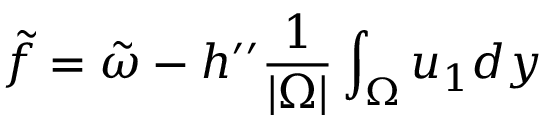
\tilde { f } = \tilde { \omega } - h ^ { \prime \prime } \frac { 1 } { | \Omega | } \int _ { \Omega } u _ { 1 } d y